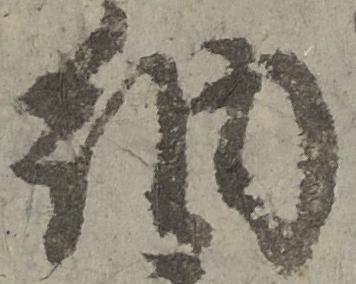
納